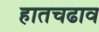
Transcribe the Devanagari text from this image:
हातचढाव